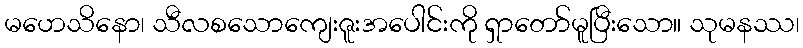
မဟေသိနော၊ သီလစသောကျေးဇူးအပေါင်းကို ရှာတော်မူပြီးသော။ သုမနဿ၊